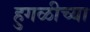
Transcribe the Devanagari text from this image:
हुगळीच्या